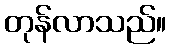
တုန်လာသည်။